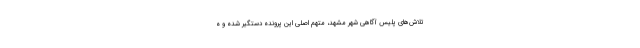
تلاش‌های پلیس آگاهی شهر مشهد، متهم اصلی این پرونده دستگیر شده و ه